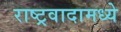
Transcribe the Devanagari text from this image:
राष्ट्रवादामध्ये